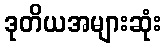
ဒုတိယအများဆုံး